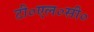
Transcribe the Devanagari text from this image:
टी०एल०सी०